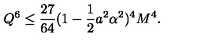
{ Q } ^ { 6 } \leq \frac { 2 7 } { 6 4 } ( 1 - \frac 1 2 a ^ { 2 } \alpha ^ { 2 } ) ^ { 4 } M ^ { 4 } .